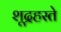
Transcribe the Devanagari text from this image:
शूद्रहस्ते